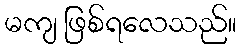
မကျ ဖြစ်ရလေသည်။